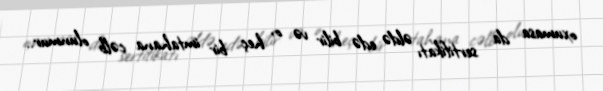
oxumasa da sertifikatı əldə edə bilir və o, heç bir imtahana cəlb olunmur..